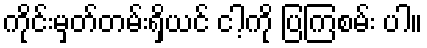
ကိုင်းမှတ်တမ်းရှိယင် ငါ့ကို ပြကြစမ်း ပါ။